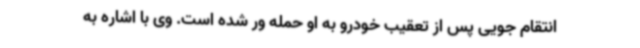
انتقام جویی پس از تعقیب خودرو به او حمله ور شده است. وی با اشاره به